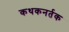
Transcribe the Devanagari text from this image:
कथकनर्तक